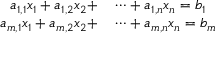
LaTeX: \begin{array} { r l } { a _ { 1 , 1 } x _ { 1 } + a _ { 1 , 2 } x _ { 2 } + } & { { } \cdots + a _ { 1 , n } x _ { n } = b _ { 1 } } \\ { a _ { m , 1 } x _ { 1 } + a _ { m , 2 } x _ { 2 } + } & { { } \cdots + a _ { m , n } x _ { n } = b _ { m } } \end{array}